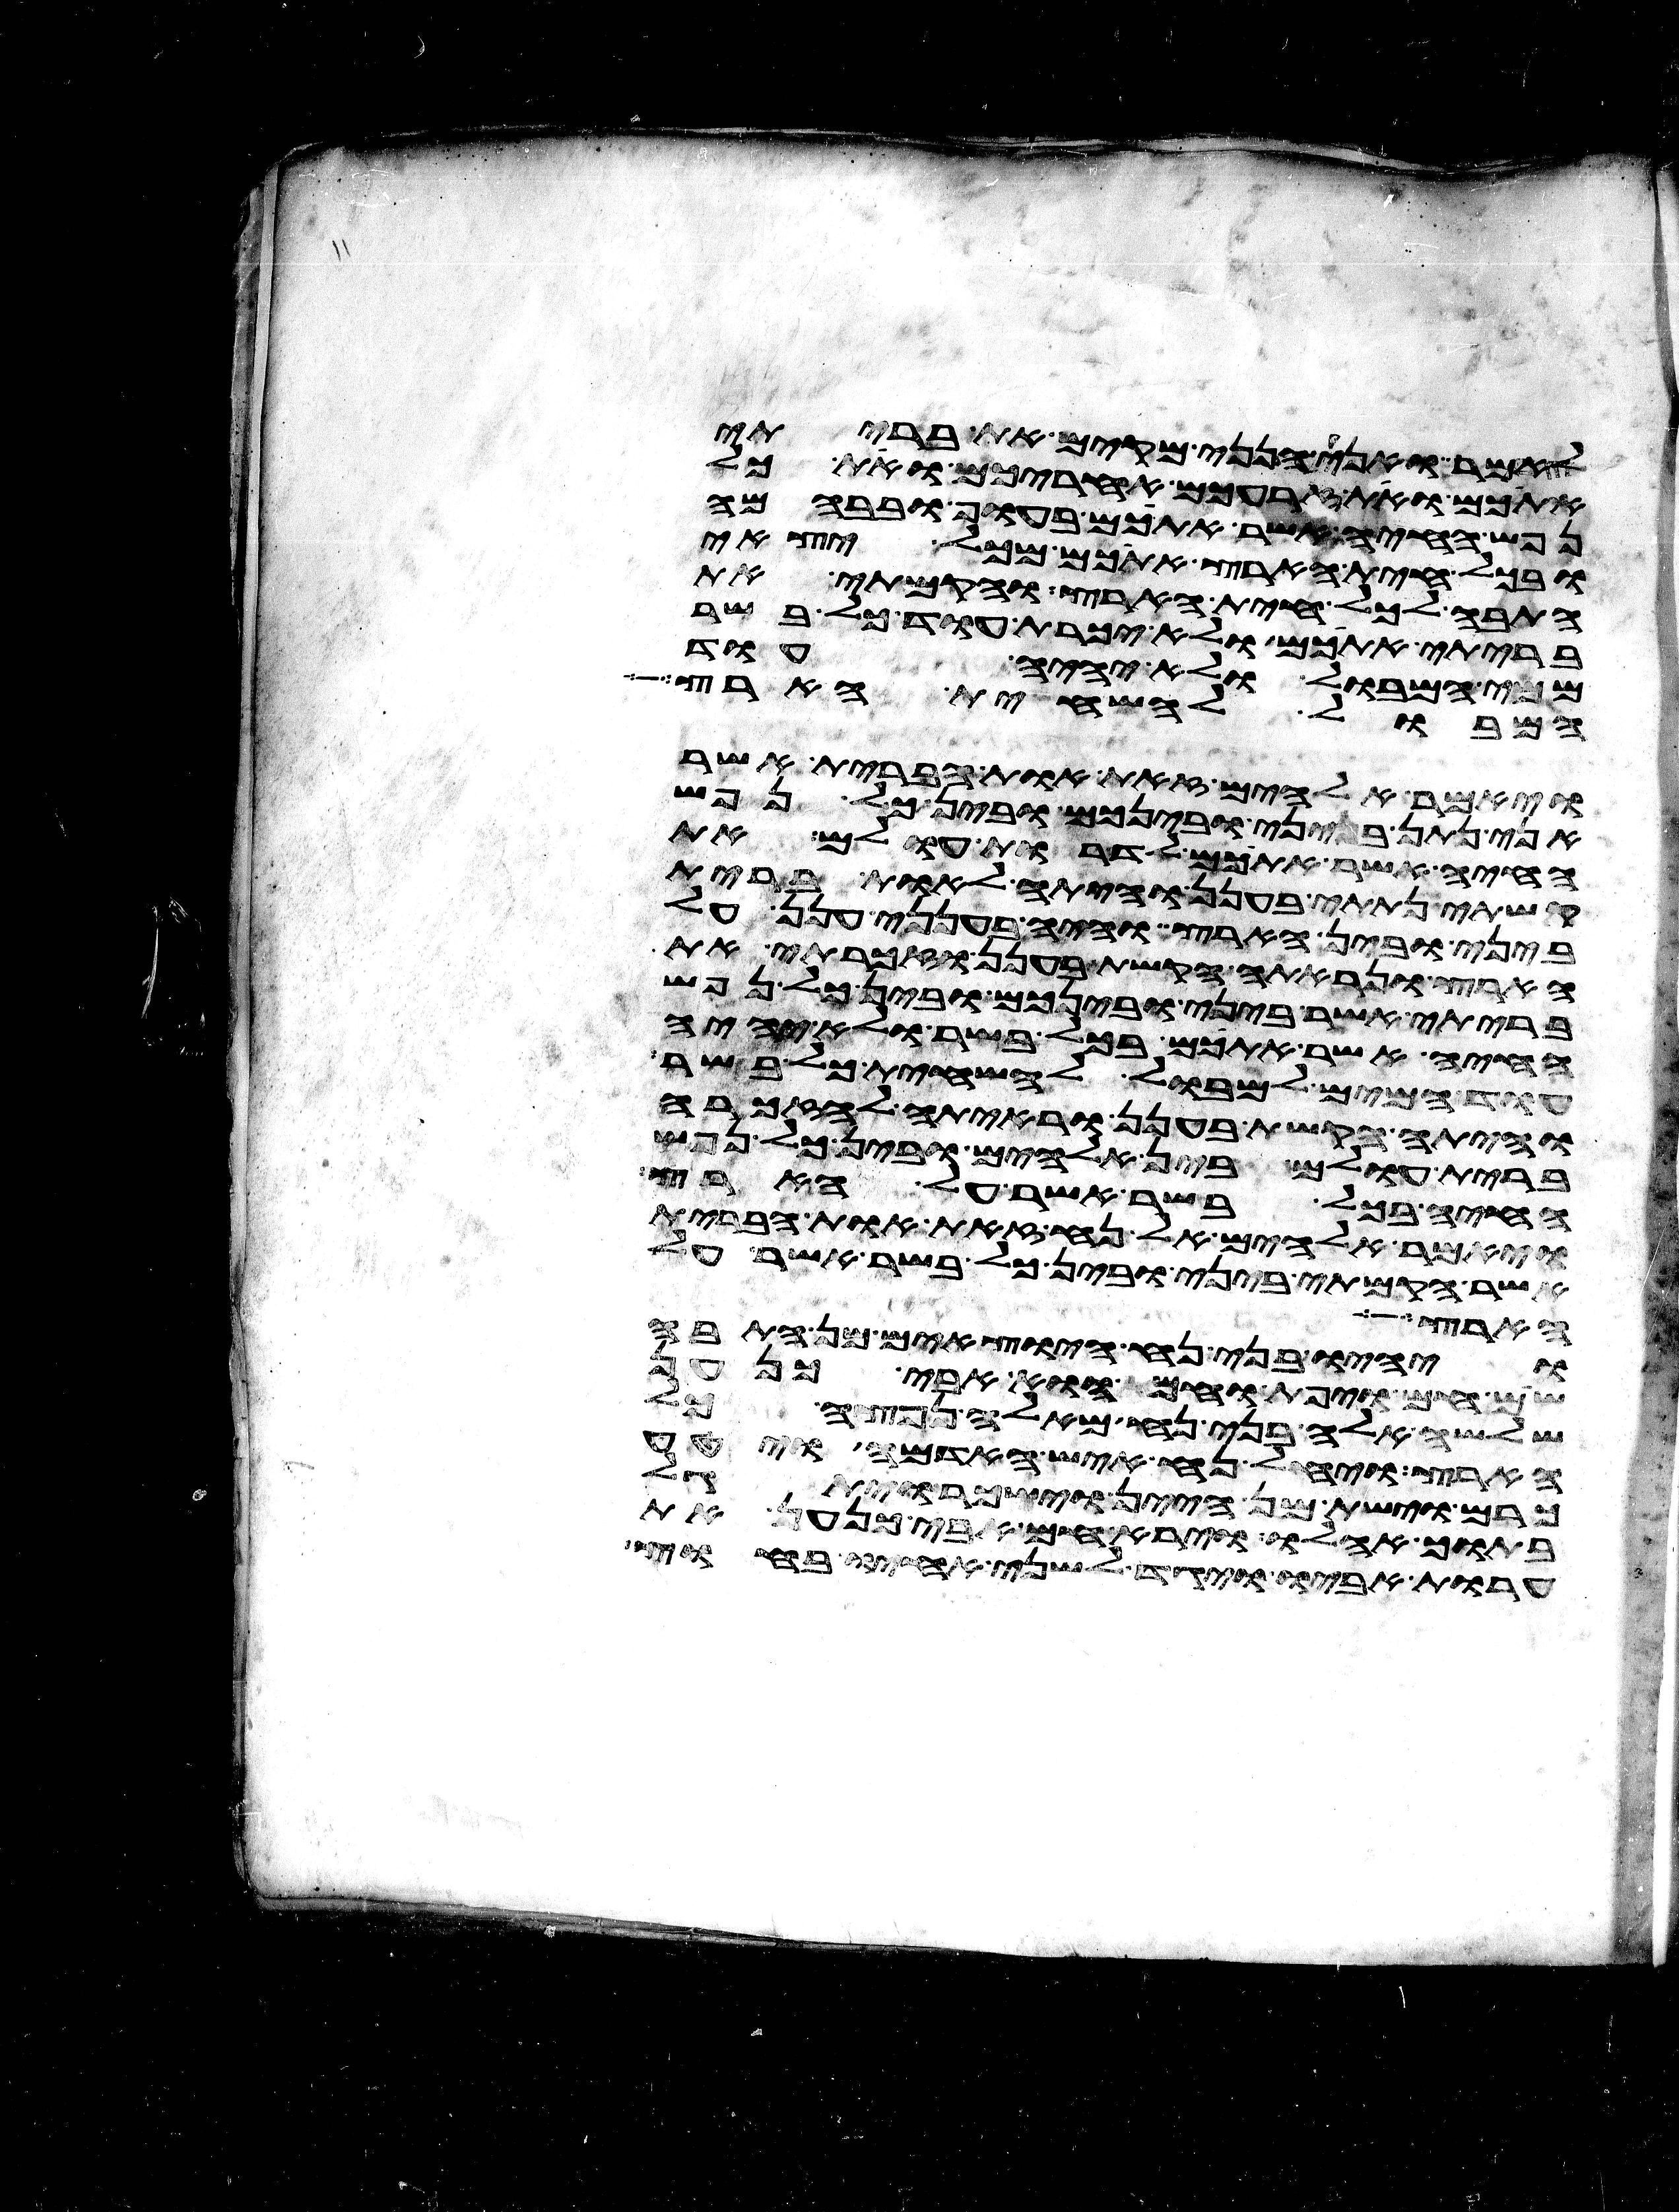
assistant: לאמר ואני הנני מקים את בריתי
אתכם ואת זרעכם אחריכם ואת כל
נפש החיה אשר אתכם בעוף ובבהמה
ובכל חית הארץ אתכם מכל יצאי
התבה לכל חית הארץ והקמתי את
בריתי אתכם ולא יכרת עוד כל בשר
ממי המבול ולא יהיה עוד
המבול להשחית הארץ
ויאמר אלהים זאת אות הברית אשר
אני נתן ביני ובינכם ובין כל נפש
החיה אשר אתכם לדרות עולם את
קשתי נתתי בענן והיתה לאות ברית
ביני ובין הארץ והיה בענני ענן על
הארץ ונראתה הקשת בענן וזכרתי את
בריתי אשר ביני ובינכם ובין כל נפש
החיה אשר אתכם בכל בשר ולא יהיה
עוד המים למבול להשחית כל בשר
והיתה הקשת בענן וראיתה לאזכרה
ברית עולם בין אלהים ובין כל נפש
החיה בכל בשר אשר על הארץ
ויאמר אלהים אל נח זאת אות הברית
אשר הקמתי ביני ובין כל בשר אשר על
הארץ
ויהיו בני נח היוצאים מן התבה
שם חם ויפת וחם הוא אבי כנען
שלשה אלה בני נח מאלה נפצה כל
הארץ ויחל נח איש האדמה ויטע
כרם וישת מן היין וישכר ויתגל
בתוך אהלו וירא חם אבי כנען את
ערות אביו ויגד לשני אחיו בחוץ